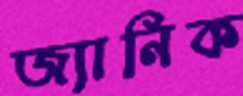
জ্যানিক